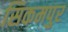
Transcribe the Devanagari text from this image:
सिकमपुर